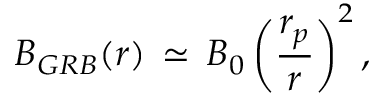
B _ { G R B } ( r ) \, \simeq \, B _ { 0 } \left( \frac { r _ { p } } { r } \right) ^ { 2 } ,